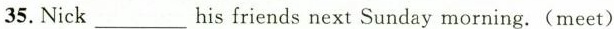
35.Nick___his friends next Sunday morning.(meet)